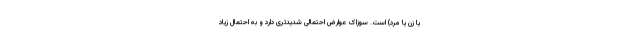
یا زن یا مرد) است. سوزاک عوارض احتمالی شدیدتری دارد و به احتمال زیاد